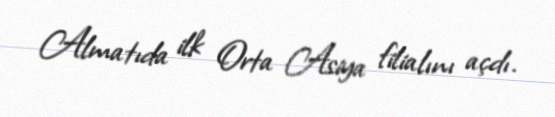
Almatıda ilk Orta Asiya filialını açdı.